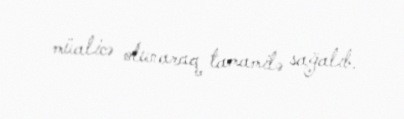
müalicə olunaraq tamamilə sağalıb.